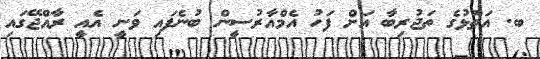
ބ. އަތޮޅުގެ ތަޖުރިބާ އަށް ފަހު އެމްއާރުސީން ބުނެފައި ވަނީ އެއީ ރާއްޖޭގައި